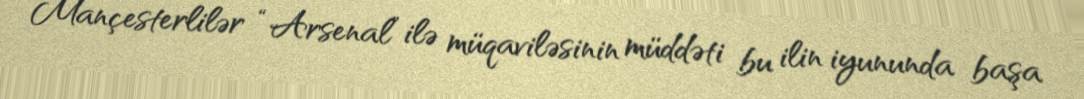
Mançesterlilər “Arsenal” ilə müqaviləsinin müddəti bu ilin iyununda başa